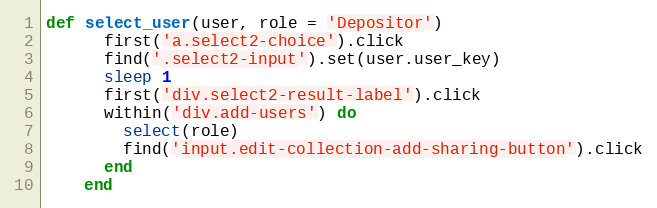
Language: Ruby
def select_user(user, role = 'Depositor')
      first('a.select2-choice').click
      find('.select2-input').set(user.user_key)
      sleep 1
      first('div.select2-result-label').click
      within('div.add-users') do
        select(role)
        find('input.edit-collection-add-sharing-button').click
      end
    end